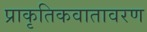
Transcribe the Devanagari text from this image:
प्राकृतिकवातावरण